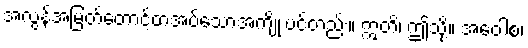
အလွန်အမြတ်တောင့်တအပ်သောအကျိုးပင်တည်း။ ဣတိ၊ ဤသို့။ အဝေါစ၊